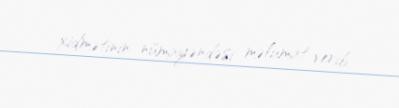
xidmətinin nümayəndəsi məlumat verib.